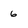
Character: 6